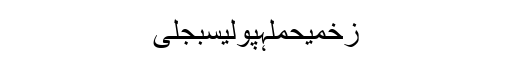
زخمیحملہپولیسبجلی